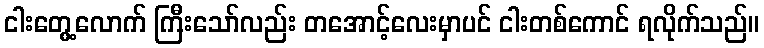
ငါးတွေ့လောက် ကြီးသော်လည်း တအောင့်လေးမှာပင် ငါးတစ်ကောင် ရလိုက်သည်။